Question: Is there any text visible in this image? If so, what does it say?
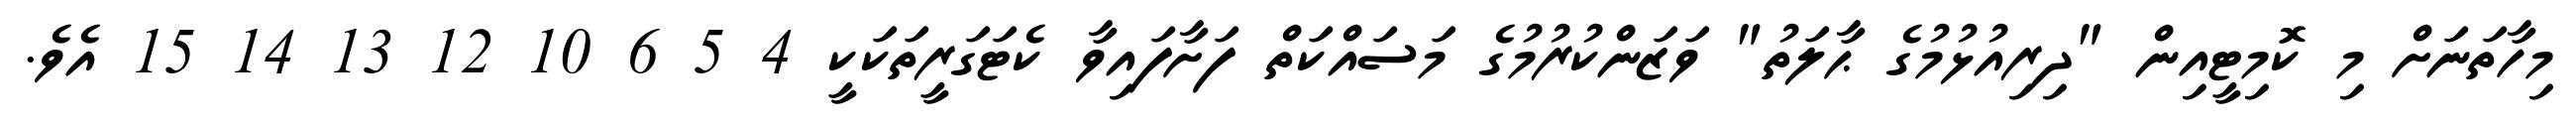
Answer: މިހާތަނަށް މި ކޮމިޓީއިން "ދިރިއުޅުމުގެ ޙާލަތު" ވަޒަންކުރުމުގެ މަސައްކަތް ފަށާފައިވާ ކެޓަގަރީތަކަކީ 4 5 6 10 12 13 14 15 އެވެ.